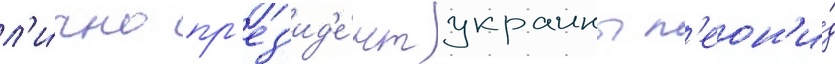
л'и́чно пр'ез'ид'е́нт украины л'еон'и́д